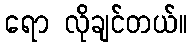
ရော လိုချင်တယ်။